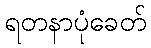
ရတနာပုံခေတ်